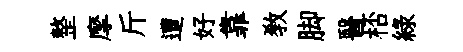
整摩斤遭好靠敎脚醫桮緑